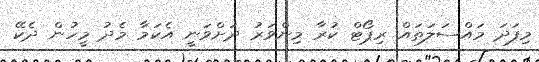
މިފަދަ މައްސަލަތައް ރިޕޯޓް ކުރާ މިންވަރު ދަށްވަނީ އެކަމާ މެދު މީހުން ދެކޭ